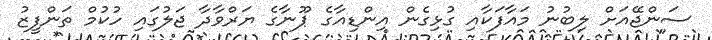
ސަންޖޭއަށް ލިބުނު މައާފަކާއި ގުޅިގެން އިންޑިއާގެ ޕޫނާގެ ޔަރްވާދާ ޖަލުގައި ހުކުމް ތަންފީޒު